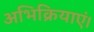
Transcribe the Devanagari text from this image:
अभिक्रियाएं।